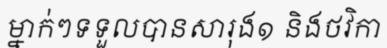
ម្នាក់ៗទទួលបានសារុង១ និងថវិកា